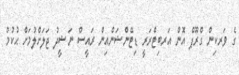
ގެ ވަރކިން ގްރޫޕް އޮން އަރބިޓްރަރީ ޑިޓޭންޝަންއިން ރައީސް ނަޝީދު ޖަލަށްލުމަށް ޙުކުމް